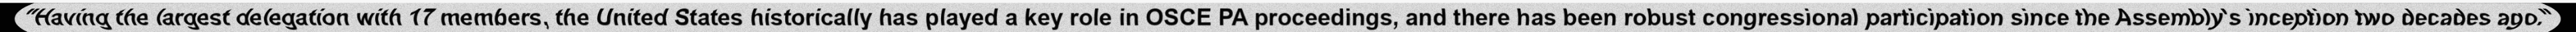
"Having the largest delegation with 17 members, the United States historically has played a key role in OSCE PA proceedings, and there has been robust congressional participation since the Assembly's inception two decades ago."